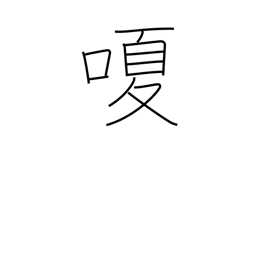
Meaning: hoarse